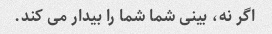
اگر نه، بینی شما شما را بیدار می کند.